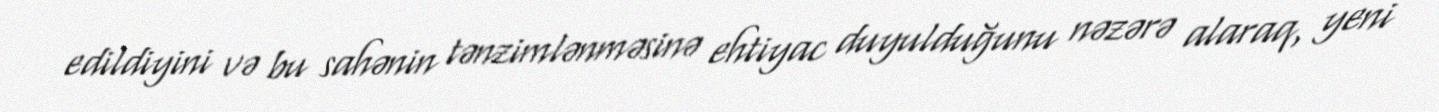
edildiyini və bu sahənin tənzimlənməsinə ehtiyac duyulduğunu nəzərə alaraq, yeni